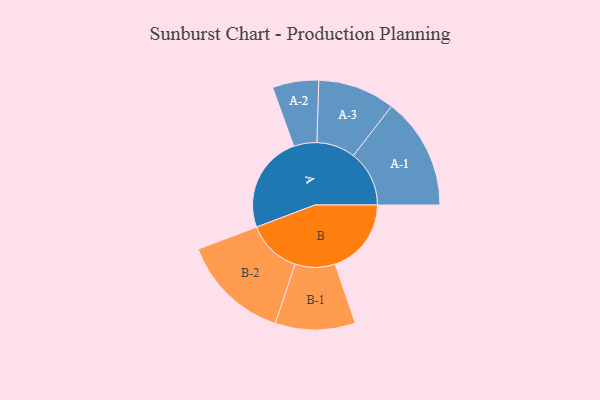
{"axis": {"x": "Segment", "y": "Value"}, "legend": ["", "A", "B"], "data": [{"x": "A", "y": 489, "type": ""}, {"x": "B", "y": 383, "type": ""}, {"x": "A-1", "y": 281, "type": "A"}, {"x": "A-2", "y": 116, "type": "A"}, {"x": "A-3", "y": 194, "type": "A"}, {"x": "B-1", "y": 201, "type": "B"}, {"x": "B-2", "y": 273, "type": "B"}]}